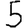
Digit: 5